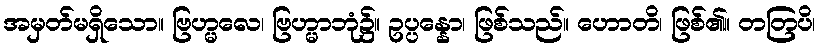
အမှတ်မရှိသော။ ဗြဟ္မလေ၊ ဗြဟ္မာဘုံ၌။ ဥပ္ပန္နော၊ ဖြစ်သည်။ ဟောတိ၊ ဖြစ်၏။ တတြပိ၊